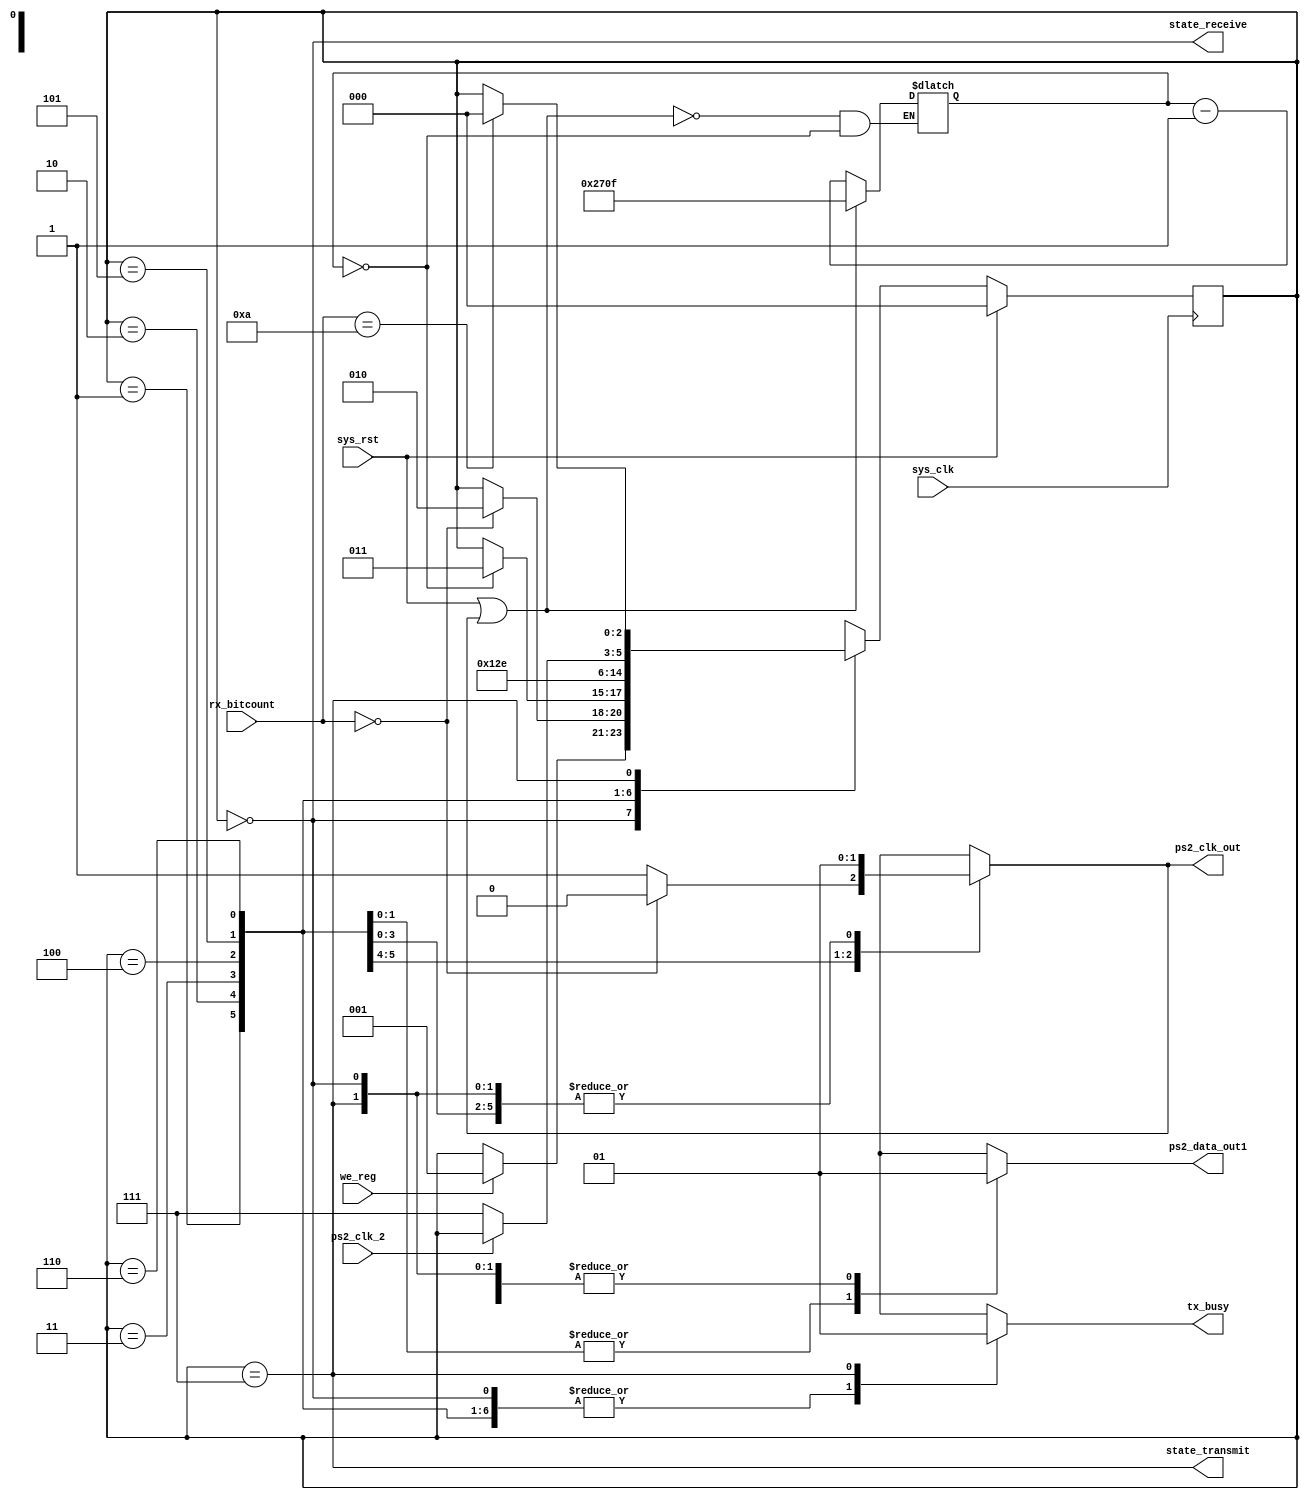
module CTRLps2 #(
        parameter  clk_freq = 50000000
	)(
	input sys_rst,
	input sys_clk,
	
	input we_reg, //datainput
	input [4:0] rx_bitcount,//recordar activar e igualar el chip select desde el wishbone
	
	output reg ps2_clk_out,
	output reg ps2_data_out1,
	output reg tx_busy,
	output state_receive,
	output state_transmit,
	input ps2_clk_2
	
);

/* FSM */
reg [2:0] state;
reg [2:0] next_state;
reg receive;
reg transmit;

parameter RECEIVE		= 3'd0;
parameter WAIT_READY		= 3'd1;
parameter CLOCK_LOW		= 3'd2;
parameter CLOCK_HIGH		= 3'd3;
parameter CLOCK_HIGH1		= 3'd4;
parameter CLOCK_HIGH2		= 3'd5;
parameter WAIT_CLOCK_LOW	= 3'd6;
parameter TRANSMIT		= 3'd7;

initial 
begin
//rx_avail=0;
//irq=0;
end

assign state_receive = state == RECEIVE;
assign state_transmit = state == TRANSMIT;

always @(posedge sys_clk) begin
	if(sys_rst ) 
		state = RECEIVE; 
	else begin
		state = next_state;
	end
end

//parameter divisor_100us = 1;
parameter divisor_100us = 10000;
reg [16:0] watchdog_timer;
wire watchdog_timer_done;
assign watchdog_timer_done = (watchdog_timer == 17'd0);
always @(sys_clk) begin
	if(sys_rst||ps2_clk_out)
		watchdog_timer <= divisor_100us - 1;
	else if(~watchdog_timer_done)
			watchdog_timer <= watchdog_timer - 1;
end

always @(*) begin
	ps2_clk_out = 1'b1;
	ps2_data_out1 = 1'b1;
	tx_busy = 1'b0;
	next_state = state;

	case(state)
		RECEIVE:begin
			tx_busy = 1'b0;
			if(we_reg) begin
				next_state = WAIT_READY;
			end
		end
		WAIT_READY: begin
			if(rx_bitcount == 5'd0) begin
				ps2_clk_out = 1'b0;
				next_state = CLOCK_LOW;
			end
		end
		CLOCK_LOW: begin
			ps2_clk_out = 1'b0;
			if(watchdog_timer_done) begin
				next_state = CLOCK_HIGH;
			end
		end
		CLOCK_HIGH: begin
			next_state = CLOCK_HIGH1;
		end
		CLOCK_HIGH1: begin
			next_state = CLOCK_HIGH2;
		end
		CLOCK_HIGH2: begin
			ps2_data_out1 = 1'b0;
			next_state = WAIT_CLOCK_LOW;
		end
		WAIT_CLOCK_LOW: begin
			ps2_data_out1 = 1'b0;
			if(ps2_clk_2 == 1'b0) begin
				next_state = TRANSMIT;
			end
		end
		TRANSMIT: begin
			tx_busy = 1'b1;
			if(rx_bitcount == 5'd10) begin
				next_state = RECEIVE;
			end
		end
		default :next_state = state;
	endcase
end
endmodule